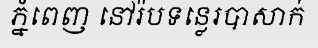
ភ្នំពេញ នៅរ៉បទន្លេរបាសាក់